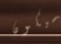
سيكون